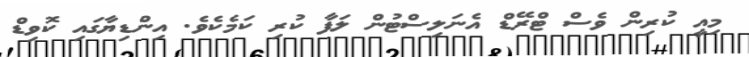
މިއީ ކުރިން ވެސް ޓްރޭޑް އެނަލިސްޓުން ލަފާ ކުރި ކަމެކެވެ. އިންޑިޔާގައި ކޮވިޑް